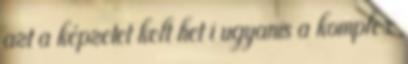
azt a képzetet kelt het i ugyanis a komplex